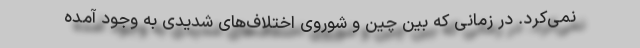
نمی‌کرد. در زمانی كه بین چین و شوروی اختلاف‌های شدیدی به وجود آمده